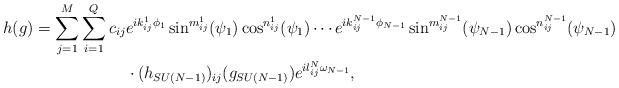
LaTeX: \begin{align*}h(g)= \sum_{j=1}^M\sum_{i=1}^Q c_{ij}& e^{ik_{ij}^1\phi_1}\sin^{m_{ij}^1}(\psi_1)\cos^{n_{ij}^1}(\psi_1)\cdots e^{ik_{ij}^{N-1}\phi_{N-1}}\sin^{m_{ij}^{N-1}}(\psi_{N-1})\cos^{n_{ij}^{N-1}}(\psi_{N-1})\\&\cdot (h_{SU(N-1)})_{ij}(g_{SU(N-1)}) e^{il^N_{ij}\omega_{N-1}},\end{align*}